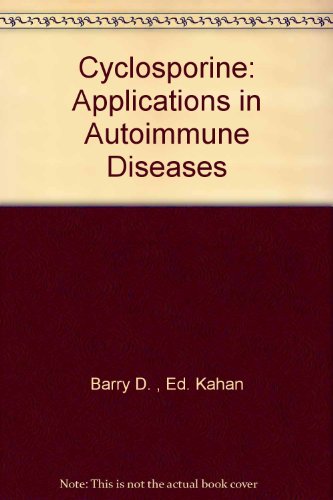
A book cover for Cyclosporine: Applications in Autoimmune Diseases; Barry D. Kahan (editor); Health, Fitness & Dieting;